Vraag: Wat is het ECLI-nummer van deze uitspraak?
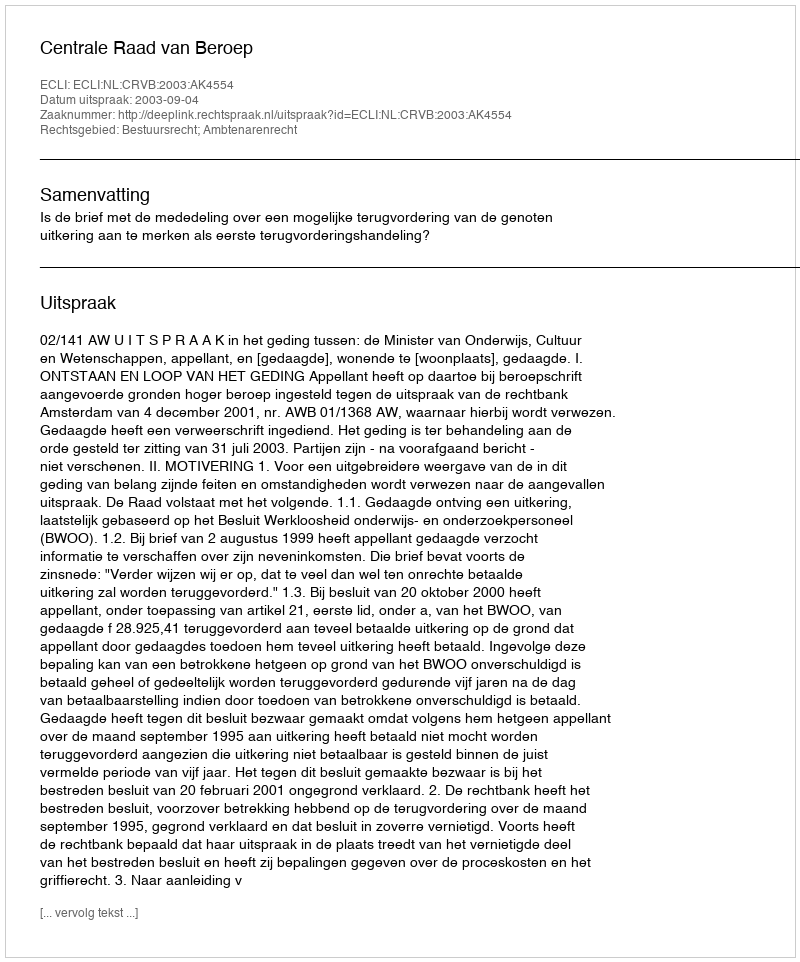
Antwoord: ECLI:NL:CRVB:2003:AK4554